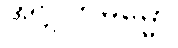
အဗ္ဘုတဓမ္မော